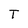
Character: T